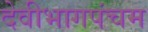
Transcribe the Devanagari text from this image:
देवीभागपंचम